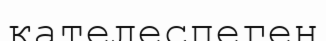
қателеспеген